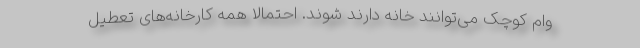
وام کوچک می‌توانند خانه دارند شوند. احتمالا همه کارخانه‌های تعطیل